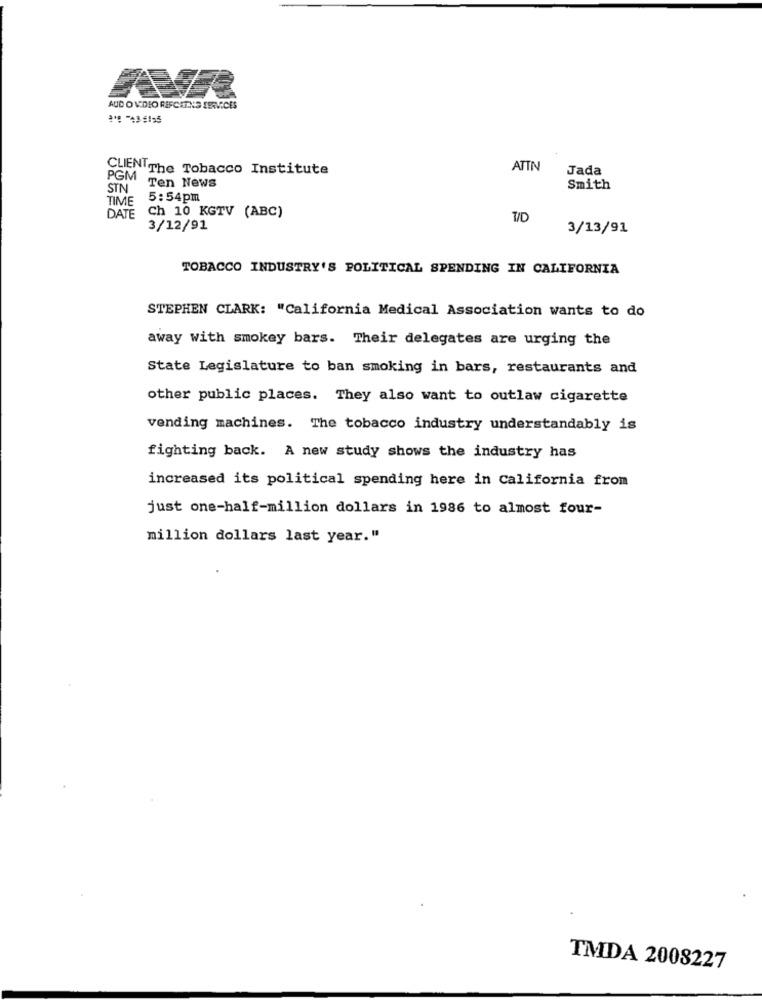
AUD OVIDIO REFCETINS SERVICES
** - 43-5195
CLIENTThe Tobacco Institute
ATTN
Jada
PGM
Ten News
STN
Smith
TIME
5:54pm
DATE Ch 10 KGTV (ABC)
T/D
3/12/91
3/13/91
TOBACCO INDUSTRY'S POLITICAL SPENDING IN CALIFORNIA
STEPHEN CLARK: "California Medical Association wants to do
away with smokey bars. Their delegates are urging the
State Legislature to ban smoking in bars, restaurants and
other public places. They also want to outlaw cigarette
vending machines. The tobacco industry understandably is
fighting back. A new study shows the industry has
increased its political spending here in california from
just one-half-million dollars in 1986 to almost four-
million dollars last year."
TMDA 2008227